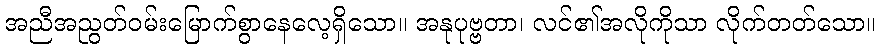
အညီအညွတ်ဝမ်းမြောက်စွာနေလေ့ရှိသော။ အနုပုဗ္ဗတာ၊ လင်၏အလိုကိုသာ လိုက်တတ်သော။